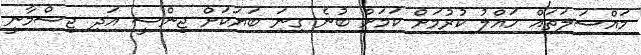
މައްސަލަތައް ހައްލު ކުރުމަށް ކަމަށް ބުނެ ގިނަ ބަޔަކަށް ޖިންސީ އަދި ޖިސްމާނީ